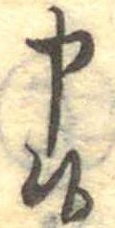
申候